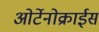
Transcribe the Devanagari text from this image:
ओर्टेनोक्राईस